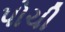
પોચી